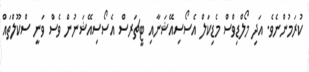
ކުރަމުންނެވެ. އަދި މޯލްޑިވްސް މެޑިކަލް އެސޯސިއޭޝަނާއި ޓީޗަރސް އެސޯސިއޭޝަނުން ވެސް ވަނީ ސްކޫލްތައް